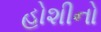
હોશીનો